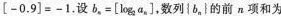
〔-0.9]=-1.设b_{n}=[log_{2}a_{n}]，数列{b,_{n}|的前n项和为